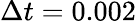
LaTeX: \Delta t=0.002